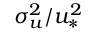
\sigma _ { u } ^ { 2 } / u _ { * } ^ { 2 }